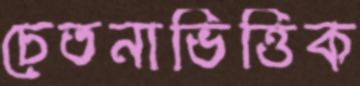
চেতনাভিত্তিক